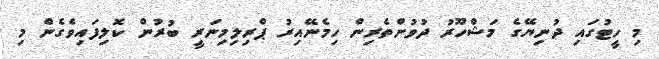
މި ހީޓުގައި ދުނިޔޭގެ މަޝްހޫރު ދުވުންތެރިން ހިމެނޭއިރު ޕްރިލިމިނަރީ ބުރުން ކޮލިފައިވެގެން މި